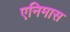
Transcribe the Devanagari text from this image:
एनिमास